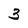
Character: 3